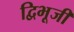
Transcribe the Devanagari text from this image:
द्विभूजी